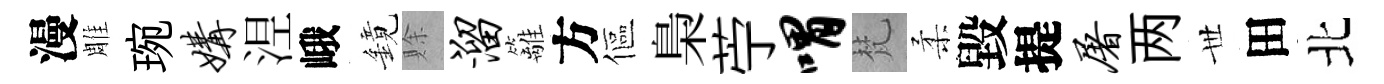
漫雕琬媾𣵀峨鏡賖溜籬方傴梟苧喟梵柔毀提屠两𠀍田北